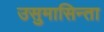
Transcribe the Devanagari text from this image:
उसुमासिन्ता